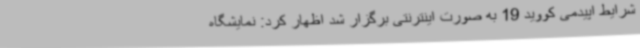
شرایط اپیدمی کووید 19 به صورت اینترنتی برگزار شد اظهار کرد: نمایشگاه